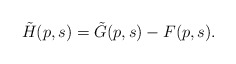
\begin{align*}\tilde H(p,s) = \tilde G(p,s) - F(p,s).\end{align*}